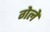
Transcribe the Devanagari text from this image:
गेलें